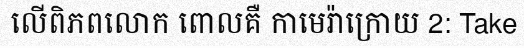
លើពិភពលោក ពោលគឺ កាមេរ៉ាក្រោយ 2: Take